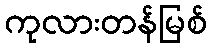
ကုလားတန်မြစ်